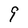
Character: 9